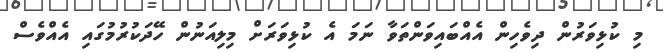
މި ކުޅިވަރުން ދިވެހިން އެއްބައިވަންތަވާ ނަމަ އެ ކުޅިވަރަށް މިލިއަނުން ހޭދަކުރުމުގައި އެއްވެސް